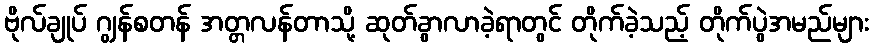
ဗိုလ်ချုပ် ဂျွန်စတန် အတ္တလန်တာသို့ ဆုတ်ခွာလာခဲ့ရာတွင် တိုက်ခဲ့သည့် တိုက်ပွဲအမည်များ